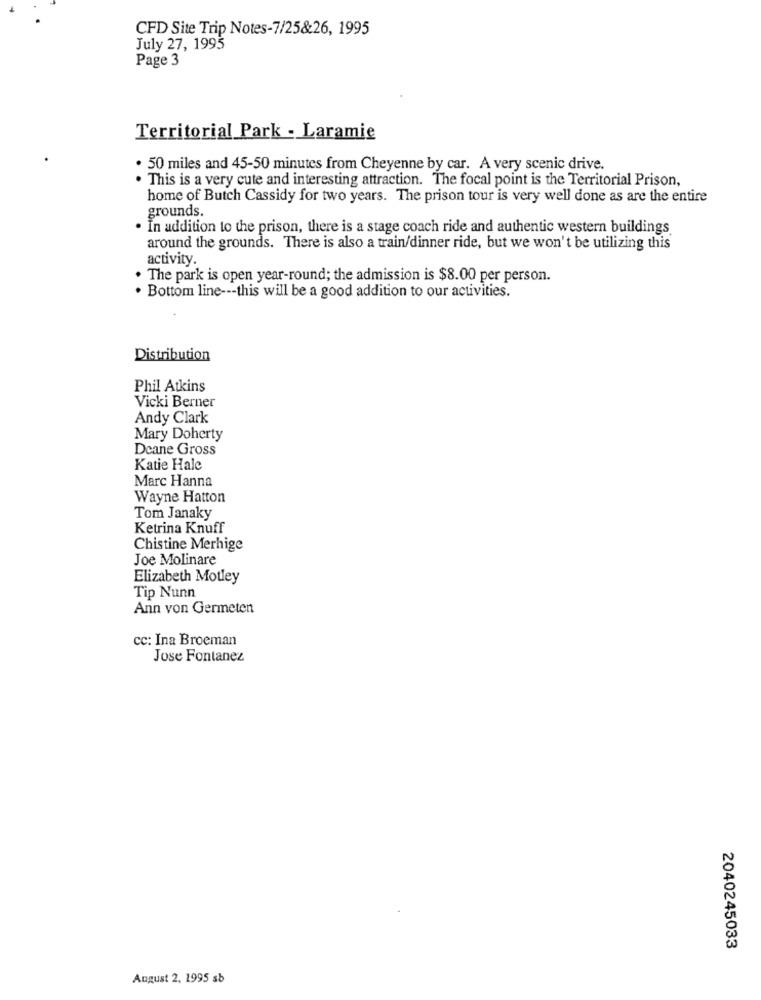
CFD Site Trip Notes-7/25&26, 1995
July 27, 1995
Page 3
Territorial Park - Laramie
. 50 miles and 45-50 minutes from Cheyenne by car. A very scenic drive.
. This is a very cute and interesting attraction. The focal point is the Territorial Prison,
home of Butch Cassidy for two years. The prison tour is very well done as are the entire
grounds.
In addition to the prison, there is a stage coach ride and authentic western buildings
around the grounds. There is also a train/dinner ride, but we won't be utilizing this
activity
. The park is open year-round; the admission is $8.00 per person.
. Bottom line --- this will be a good addition to our activities.
Distribution
Phil Atkins
Vicki Berner
Andy Clark
Mary Doherty
Deane Gross
Katie Hale
Marc Hanna
Wayne Hatton
Tom Janaky
Ketrina Knuff
Chistine Merhige
Joe Molinare
Elizabeth Motley
Tip Nunn
Ann von Germeten
cc: Ina Broeman
Jose Fontanez
2040245033
August 2, 1995 sb